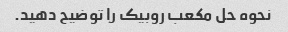
نحوه حل مکعب روبیک را توضیح دهید.